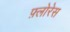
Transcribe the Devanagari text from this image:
फ़्लोरेस